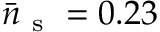
\bar { n } _ { \mathrm { ~ s ~ } } = 0 . 2 3